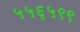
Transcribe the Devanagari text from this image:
५५६५९९